Civil Veterinary Department. Madras. Admin. report 1926-33 - 1926-1933
Year: 1926
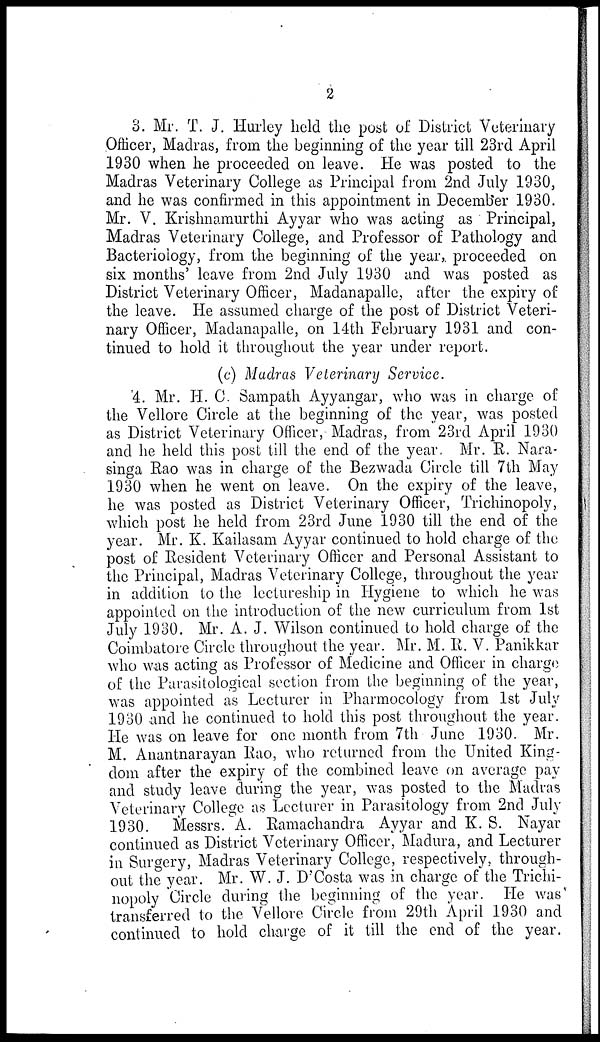
2
3. Mr. T. J. Hurley held the post of District Veterinary
Officer, Madras, from the beginning of the year till 23rd April
1930 when he proceeded on leave. He was posted to the
Madras Veterinary College as Principal from 2nd July 1930,
and he was confirmed in this appointment in December 1930.
Mr. V. Krishnamurthi Ayyar who was acting as Principal,
Madras Veterinary College, and Professor of Pathology and
Bacteriology, from the beginning of the year, proceeded on
six months' leave from 2nd July 1930 and was posted as
District Veterinary Officer, Madanapalle, after the expiry of
the leave. He assumed charge of the post of District Veteri-
nary Officer, Madanapalle, on 14th February 1931 and con-
tinued to hold it throughout the year under report.
(c) Madras Veterinary Service.
4. Mr. H. C. Sampath Ayyangar, who was in charge of
the Vellore Circle at the beginning of the year, was posted
as District Veterinary Officer, Madras, from 23rd April 1930
and he held this post till the end of the year. Mr. R. Nara-
singa Rao was in charge of the Bezwada Circle till 7th May
1930 when he went on leave. On the expiry of the leave,
he was posted as District Veterinary Officer, Trichinopoly,
which post he held from 23rd June 1930 till the end of the
year. Mr. K. Kailasam Ayyar continued to hold charge of the
post of Resident Veterinary Officer and Personal Assistant to
the Principal, Madras Veterinary College, throughout the year
in addition to the lectureship in Hygiene to which he was
appointed on the introduction of the new curriculum from 1st
July 1930. Mr. A. J. Wilson continued to hold charge of the
Coimbatore Circle throughout the year. Mr. M. R. V. Panikkar
who was acting as Professor of Medicine and Officer in charge
of the Parasitological section from the beginning of the year,
was appointed as Lecturer in Pharmocology from 1st July
1930 and he continued to hold this post throughout the year.
He was on leave for one month from 7th June 1930. Mr.
M. Anantnarayan Rao, who returned from the United King-
dom after the expiry of the combined leave on average pay
and study leave during the year, was posted to the Madras
Veterinary College as Lecturer in Parasitology from 2nd July
1930. Messrs. A. Ramachandra Ayyar and K. S. Nayar
continued as District Veterinary Officer, Madura, and Lecturer
in Surgery, Madras Veterinary College, respectively, through-
out the year. Mr. W. J. D'Costa was in charge of the Trichi-
nopoly Circle during the beginning of the year. He was
transferred to the Vellore Circle from 29th April 1930 and
continued to hold charge of it till the end of the year.